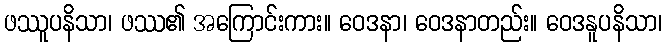
ဖဿူပနိသာ၊ ဖဿ၏ အကြောင်းကား။ ဝေဒနာ၊ ဝေဒနာတည်း။ ဝေဒနူပနိသာ၊